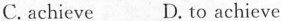
C.achieve D. to achieve